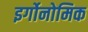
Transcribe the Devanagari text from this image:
इर्गोनोमिक